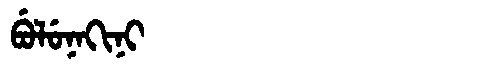
Manchu: ᠪᡠᠯᡠᠨᠠᡴᡳᠨᡳ
Romanization: BULUNAKINI